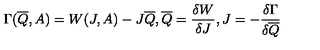
\Gamma ( \overline { { Q } } , A ) = W ( J , A ) - J \overline { { Q } } , \overline { { Q } } = \frac { \delta W } { \delta J } , J = - \frac { \delta \Gamma } { \delta \overline { { Q } } }